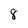
Character: 8